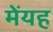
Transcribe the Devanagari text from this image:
मेंयह